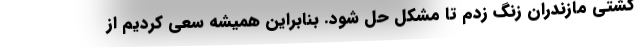
کشتی مازندران زنگ زدم تا مشکل حل شود. بنابراین همیشه سعی کردیم از